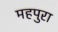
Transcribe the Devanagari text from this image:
महपुरा